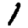
Digit: 1